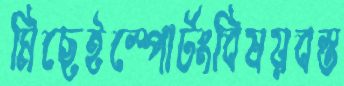
মিছেইস্পোর্টংবিষয়বস্ত